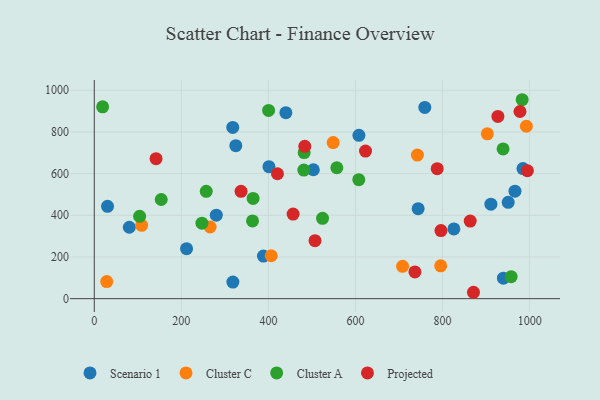
{"axis": {"x": "Speed", "y": "Salary"}, "legend": ["Cluster A", "Cluster C", "Projected", "Scenario 1"], "data": [{"x": "950.7", "y": 462.2, "type": "Scenario 1"}, {"x": "826.0", "y": 334.7, "type": "Scenario 1"}, {"x": "30.5", "y": 443.1, "type": "Scenario 1"}, {"x": "939.7", "y": 98.5, "type": "Scenario 1"}, {"x": "318.4", "y": 79.4, "type": "Scenario 1"}, {"x": "80.5", "y": 342.7, "type": "Scenario 1"}, {"x": "743.9", "y": 431.8, "type": "Scenario 1"}, {"x": "280.3", "y": 400.7, "type": "Scenario 1"}, {"x": "966.3", "y": 515.5, "type": "Scenario 1"}, {"x": "607.9", "y": 783.4, "type": "Scenario 1"}, {"x": "984.7", "y": 624.0, "type": "Scenario 1"}, {"x": "911.0", "y": 453.2, "type": "Scenario 1"}, {"x": "318.1", "y": 821.5, "type": "Scenario 1"}, {"x": "759.2", "y": 917.7, "type": "Scenario 1"}, {"x": "401.2", "y": 633.4, "type": "Scenario 1"}, {"x": "503.2", "y": 618.5, "type": "Scenario 1"}, {"x": "325.1", "y": 734.1, "type": "Scenario 1"}, {"x": "388.6", "y": 204.4, "type": "Scenario 1"}, {"x": "440.1", "y": 892.5, "type": "Scenario 1"}, {"x": "212.0", "y": 240.0, "type": "Scenario 1"}, {"x": "795.7", "y": 157.4, "type": "Cluster C"}, {"x": "406.4", "y": 205.9, "type": "Cluster C"}, {"x": "266.1", "y": 343.9, "type": "Cluster C"}, {"x": "28.6", "y": 82.0, "type": "Cluster C"}, {"x": "992.5", "y": 827.2, "type": "Cluster C"}, {"x": "902.8", "y": 790.7, "type": "Cluster C"}, {"x": "548.7", "y": 748.9, "type": "Cluster C"}, {"x": "108.8", "y": 352.1, "type": "Cluster C"}, {"x": "708.1", "y": 155.1, "type": "Cluster C"}, {"x": "742.2", "y": 688.7, "type": "Cluster C"}, {"x": "400.4", "y": 903.3, "type": "Cluster A"}, {"x": "247.3", "y": 362.4, "type": "Cluster A"}, {"x": "153.8", "y": 475.8, "type": "Cluster A"}, {"x": "939.0", "y": 718.3, "type": "Cluster A"}, {"x": "257.2", "y": 515.2, "type": "Cluster A"}, {"x": "982.8", "y": 954.4, "type": "Cluster A"}, {"x": "104.2", "y": 395.1, "type": "Cluster A"}, {"x": "363.5", "y": 372.8, "type": "Cluster A"}, {"x": "482.1", "y": 701.1, "type": "Cluster A"}, {"x": "524.3", "y": 385.3, "type": "Cluster A"}, {"x": "557.1", "y": 628.1, "type": "Cluster A"}, {"x": "607.6", "y": 570.9, "type": "Cluster A"}, {"x": "957.5", "y": 105.4, "type": "Cluster A"}, {"x": "364.8", "y": 481.0, "type": "Cluster A"}, {"x": "19.2", "y": 920.2, "type": "Cluster A"}, {"x": "481.3", "y": 616.9, "type": "Cluster A"}, {"x": "420.8", "y": 599.4, "type": "Projected"}, {"x": "623.0", "y": 707.9, "type": "Projected"}, {"x": "456.7", "y": 406.0, "type": "Projected"}, {"x": "871.0", "y": 30.7, "type": "Projected"}, {"x": "796.3", "y": 326.6, "type": "Projected"}, {"x": "863.5", "y": 372.5, "type": "Projected"}, {"x": "787.7", "y": 623.5, "type": "Projected"}, {"x": "483.5", "y": 730.9, "type": "Projected"}, {"x": "337.1", "y": 514.9, "type": "Projected"}, {"x": "994.8", "y": 614.2, "type": "Projected"}, {"x": "141.9", "y": 671.4, "type": "Projected"}, {"x": "736.5", "y": 128.3, "type": "Projected"}, {"x": "507.0", "y": 278.0, "type": "Projected"}, {"x": "927.1", "y": 874.2, "type": "Projected"}, {"x": "977.8", "y": 897.8, "type": "Projected"}]}